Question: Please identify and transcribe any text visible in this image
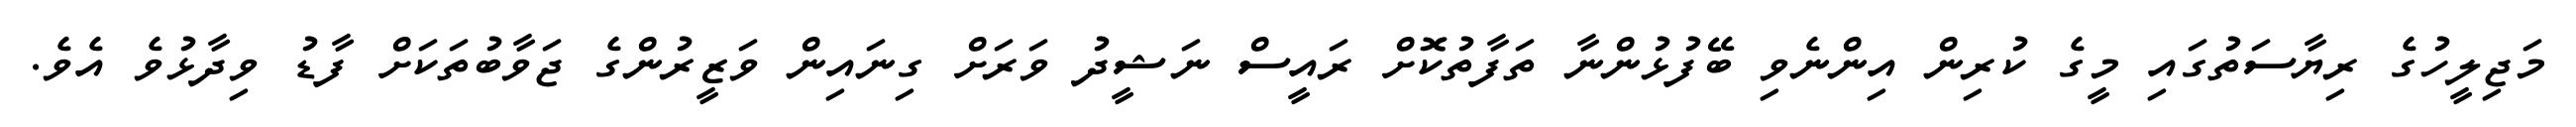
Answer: މަޖިލީހުގެ ރިޔާސަތުގައި މީގެ ކުރިން އިންނެވި ބޭފުޅުންނާ ތަފާތުކޮށް ރައީސް ނަޝީދު ވަރަށް ގިނައިން ވަޒީރުންގެ ޖަވާބުތަކަށް ފާޑު ވިދާޅުވެ އެވެ.